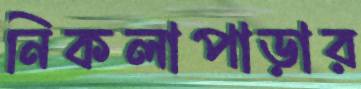
নিকলাপাড়ার